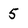
Character: 5